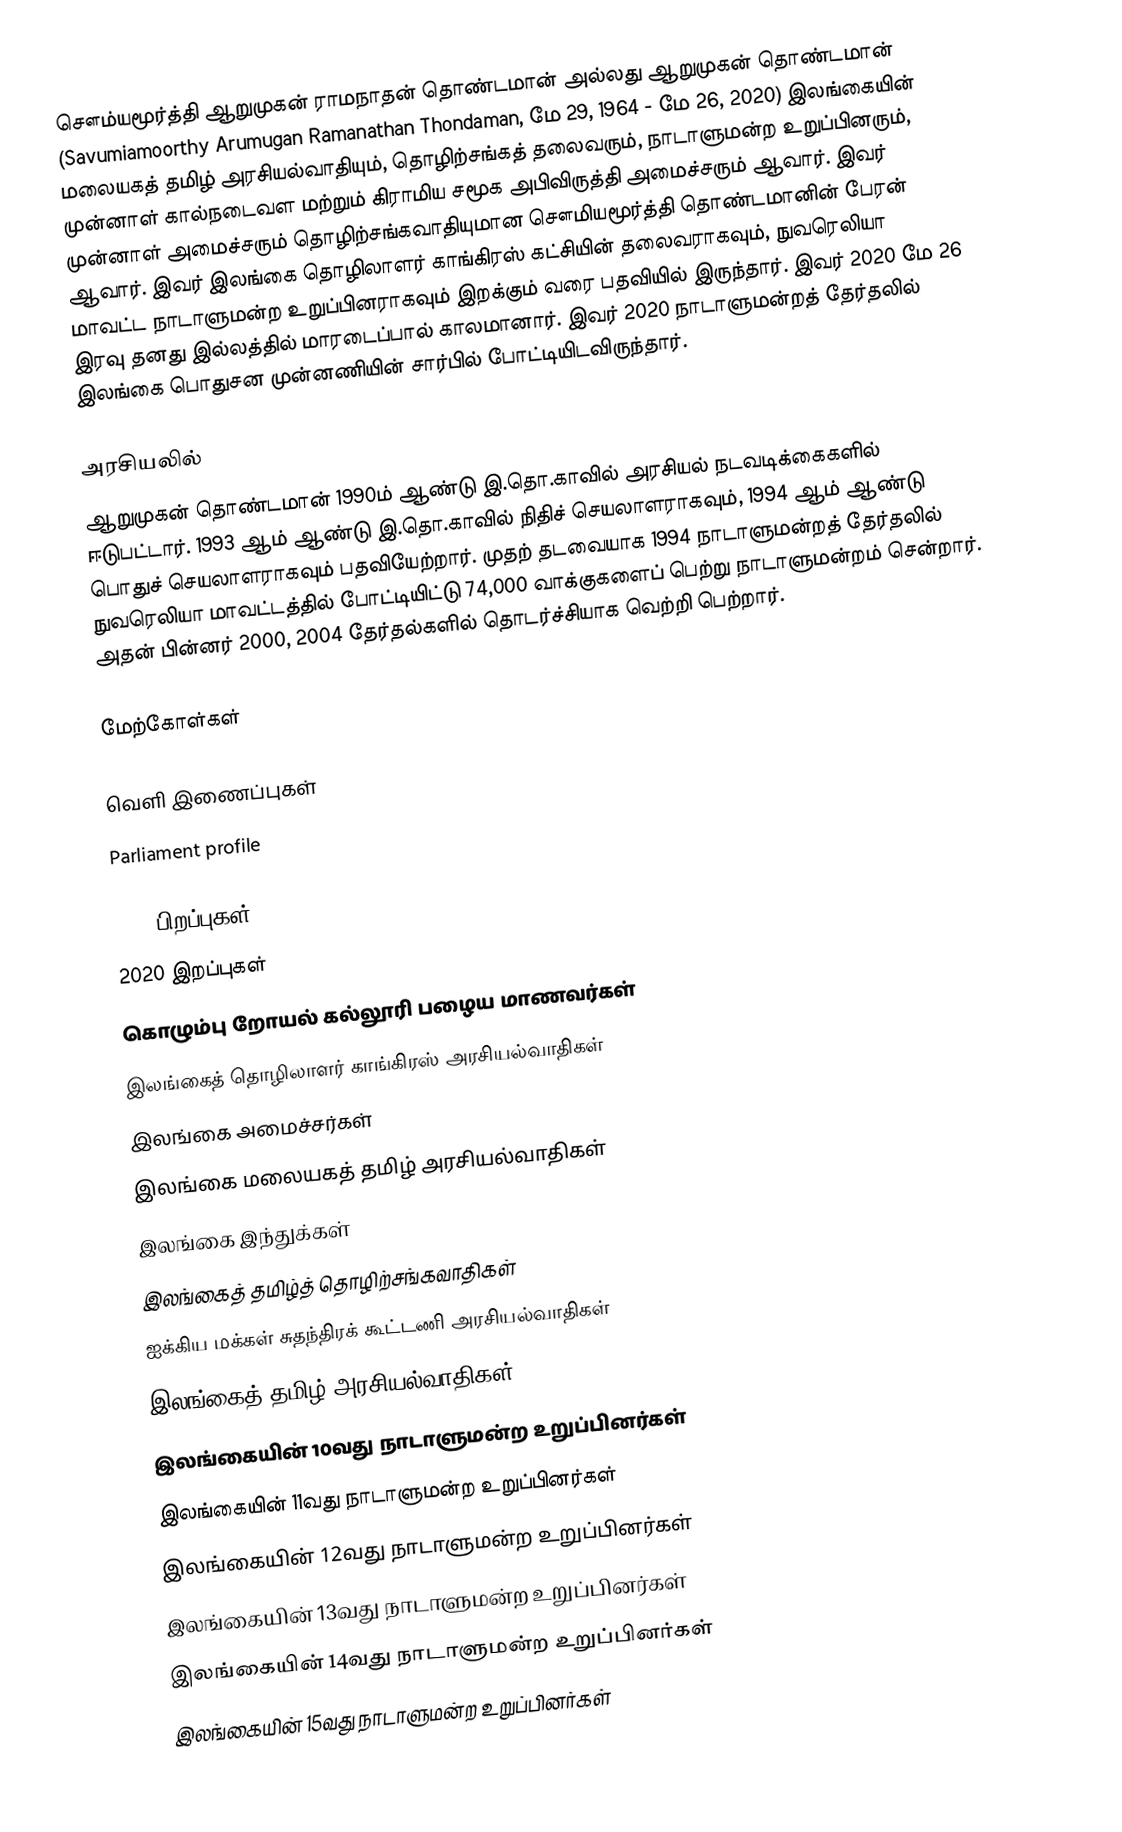
சௌம்யமூர்த்தி ஆறுமுகன் ராமநாதன் தொண்டமான் அல்லது ஆறுமுகன் தொண்டமான் (Savumiamoorthy Arumugan Ramanathan Thondaman, மே 29, 1964 - மே 26, 2020) இலங்கையின் மலையகத் தமிழ் அரசியல்வாதியும், தொழிற்சங்கத் தலைவரும், நாடாளுமன்ற உறுப்பினரும், முன்னாள் கால்நடைவள மற்றும் கிராமிய சமூக அபிவிருத்தி அமைச்சரும் ஆவார். இவர் முன்னாள் அமைச்சரும் தொழிற்சங்கவாதியுமான சௌமியமூர்த்தி தொண்டமானின் பேரன் ஆவார். இவர் இலங்கை தொழிலாளர் காங்கிரஸ் கட்சியின் தலைவராகவும், நுவரெலியா மாவட்ட நாடாளுமன்ற உறுப்பினராகவும் இறக்கும் வரை பதவியில் இருந்தார். இவர் 2020 மே 26 இரவு தனது இல்லத்தில் மாரடைப்பால் காலமானார். இவர் 2020 நாடாளுமன்றத் தேர்தலில் இலங்கை பொதுசன முன்னணியின் சார்பில் போட்டியிடவிருந்தார்.

அரசியலில்
ஆறுமுகன் தொண்டமான் 1990ம் ஆண்டு இ.தொ.காவில் அரசியல் நடவடிக்கைகளில் ஈடுபட்டார். 1993 ஆம் ஆண்டு இ.தொ.காவில் நிதிச் செயலாளராகவும், 1994 ஆம் ஆண்டு பொதுச் செயலாளராகவும் பதவியேற்றார். முதற் தடவையாக 1994 நாடாளுமன்றத் தேர்தலில் நுவரெலியா மாவட்டத்தில் போட்டியிட்டு 74,000 வாக்குகளைப் பெற்று நாடாளுமன்றம் சென்றார். அதன் பின்னர் 2000,  2004 தேர்தல்களில் தொடர்ச்சியாக வெற்றி பெற்றார்.

மேற்கோள்கள்

வெளி இணைப்புகள்
Parliament profile

1964 பிறப்புகள்
2020 இறப்புகள்
கொழும்பு றோயல் கல்லூரி பழைய மாணவர்கள்
இலங்கைத் தொழிலாளர் காங்கிரஸ் அரசியல்வாதிகள்
இலங்கை அமைச்சர்கள்
இலங்கை மலையகத் தமிழ் அரசியல்வாதிகள்
இலங்கை இந்துக்கள்
இலங்கைத் தமிழ்த் தொழிற்சங்கவாதிகள்
ஐக்கிய மக்கள் சுதந்திரக் கூட்டணி அரசியல்வாதிகள்
இலங்கைத் தமிழ் அரசியல்வாதிகள்
இலங்கையின் 10வது நாடாளுமன்ற உறுப்பினர்கள்
இலங்கையின் 11வது நாடாளுமன்ற உறுப்பினர்கள்
இலங்கையின் 12வது நாடாளுமன்ற உறுப்பினர்கள்
இலங்கையின் 13வது நாடாளுமன்ற உறுப்பினர்கள்
இலங்கையின் 14வது நாடாளுமன்ற உறுப்பினர்கள்
இலங்கையின் 15வது நாடாளுமன்ற உறுப்பினர்கள்